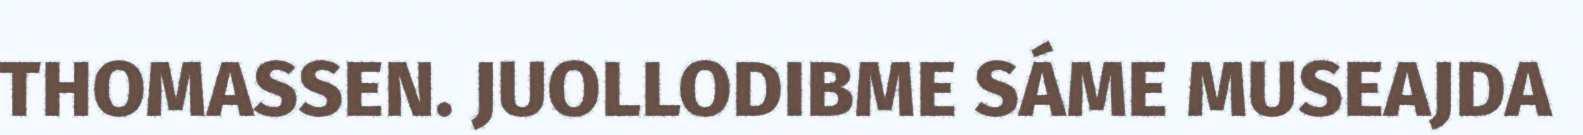
THOMASSEN. JUOLLODIBME SÁME MUSEAJDA